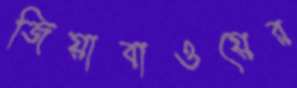
জিয়াবাওয়ের